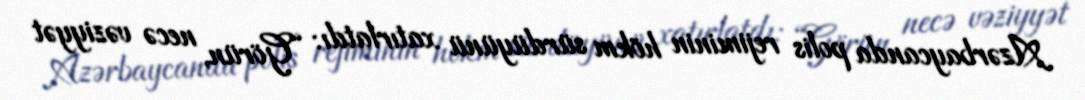
Azərbaycanda polis rejiminin hökm sürdüyünü xatırlatdı: “Görün, necə vəziyyət